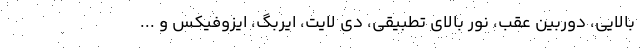
بالایی، دوربین عقب، نور بالای تطبیقی، دی لایت، ایربگ، ایزوفیکس و ...